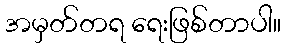
အမှတ်တရ ရေးဖြစ်တာပါ။